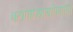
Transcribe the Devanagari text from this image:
चटोपाध्यायांप्रमाणे